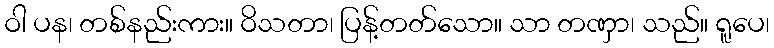
ဝါ ပန၊ တစ်နည်းကား။ ဝိသတာ၊ ပြန့်တတ်သော။ သာ တဏှာ၊ သည်။ ရူပေ၊